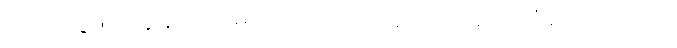
ယင်းသို့ဖြင့် ကျွန်တော့်မှာ ဝမ်းရေးအတွက် အခက်ကြုံရလေသည်။